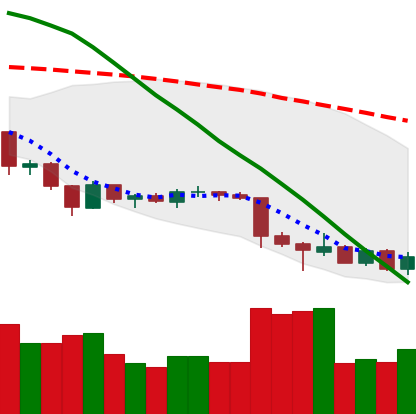
Ticker: LTC-USD
Chart end date: 2018-06-29
Forward return: 8.538%
Label: up_7plus